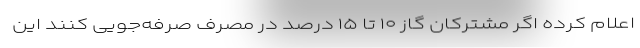
اعلام کرده اگر مشترکان گاز ۱۰ تا ۱۵ درصد در مصرف صرفه‌جویی کنند این